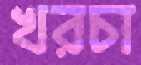
খরচা